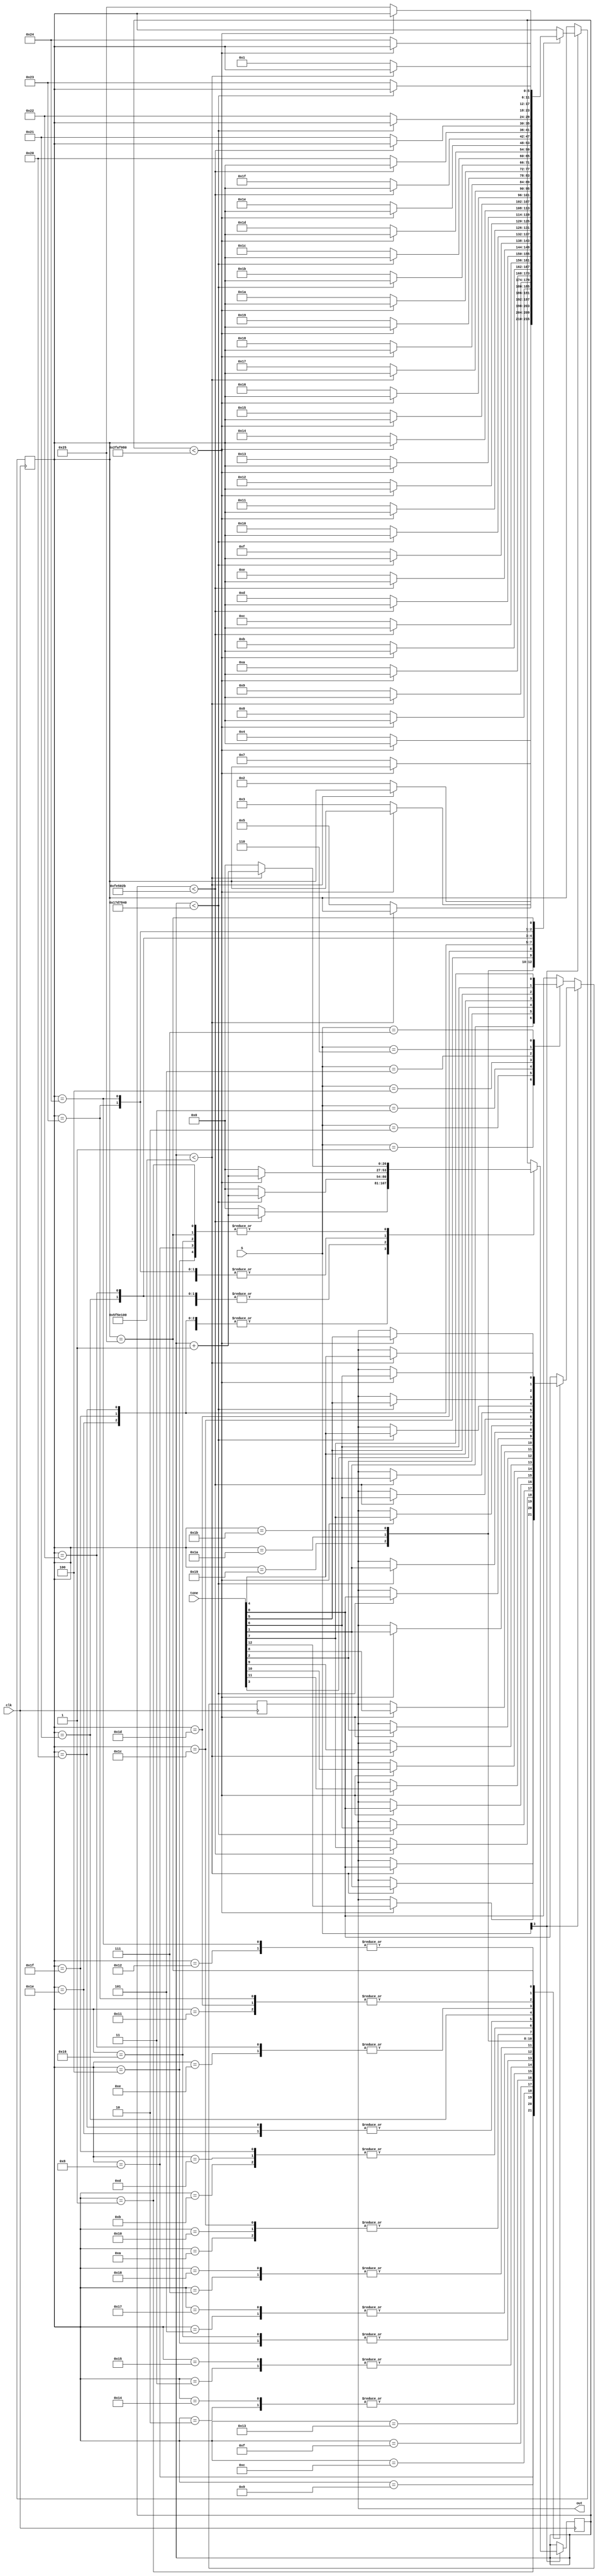
module FSM(S, tone, clk, out);
	input clk;
	input [3:0] S;
	input [12:0] tone;
	
	output reg out;
	
   reg [5:0]   state;
   initial state = 6'b1;
   
   reg [26:0]  count;
   initial count = 27'b0;  
	
   always @ (posedge clk)
     begin
	if (S[3] == 1'b0)
	  begin
	     case (S)
	       1: out <= tone[1];
	       2: out <= tone[2];
	       3: out <= tone[3];
	       4: out <= tone[4];
	       5: out <= tone[5];
	       6: out <= tone[6];
	       7: out <= tone[7];
	       default: out <= tone[0];
	     endcase // case (S)
	  end // if (S[3] == 1'b0)
	else
	  begin // play hanabera
	     case (state)
	       1: // Rest 
		 if (count < 27'b101_1111_0101_1110_0001_0000_0000)
		   begin
		      count <= count + {26'b0, 1'b1};
		      out <= tone[0]; 
		   end
		 else
		   begin
		      count <= 27'b0;
		      state = 2;
		   end
	       2: // D5
		 if (count < 27'b010_1111_1010_1111_0000_1000_0000)
		   begin
		      count <= count + {26'b0, 1'b1};
		      out <= tone[11];
		   end
		 else
		   begin
		      count <= 27'b0;
		      state = 3;
		   end
	       3: // C5S
		 if (count < 27'b010_1111_1010_1111_0000_1000_0000)
		   begin
		      count <= count + {26'b0, 1'b1};
		      out <= tone[10];
		   end
		 else
		   begin
		      count <= 27'b0;
		      state = 4;
		   end
	       4: // C5 3x.33
		 if (count < 27'b101_1111_0101_1110_0001_0000_0000)
		   begin
		      count <= count + {26'b0, 1'b1};
		      out <= tone[9];
		   end
		 else
		   begin
		      count <= 27'b0;
		      state = 5;
		   end
	       5: // B4 
		 if (count < 27'b010_1111_1010_1111_0000_1000_0000)
		   begin
		      count <= count + {26'b0, 1'b1};
		      out <= tone[2];
		   end
		 else
		   begin
		      count <= 27'b0;
		      state = 7;
		   end
	       7: // B4F
		 if (count < 27'b010_1111_1010_1111_0000_1000_0000)
		   begin
		      count <= count + {26'b0, 1'b1};
		      out <= tone[8];
		   end
		 else
		   begin
		      count <= 27'b0;
		      state = 8;
		   end
	       8: // A4 1x.5 2x.25
		 if (count < 27'b101_1111_0101_1110_0001_0000_0000)
		   begin
		      count <= count + {26'b0, 1'b1};
		      out <= tone[1];
		   end
		 else
		   begin
		      count <= 27'b0;
		      state = 9;
		   end
	       9: // G4S
		 if (count < 27'b010_1111_1010_1111_0000_1000_0000)
		   begin
		      count <= count + {26'b0, 1'b1};
		      out <= tone[12];
		   end
		 else
		   begin
		      count <= 27'b0;
		      state = 10;
		   end
	       10: // G4
		 if (count < 27'b010_1111_1010_1111_0000_1000_0000)
		   begin
		      count <= count + {26'b0, 1'b1};
		      out <= tone[7];
		   end
		 else
		   begin
		      count <= 27'b0;
		      state = 11;
		   end
	       11: // F4
		 if (count < 27'b000_1111_1110_0101_0000_0010_1011)
		   begin
		      count <= count + {26'b0, 1'b1};
		      out <= tone[6];
		   end
		 else
		   begin
		      count <= 27'b0;
		      state = 12;
		   end
	       12: // G4
		 if (count < 27'b000_1111_1110_0101_0000_0010_1011)
		   begin
		      count <= count + {26'b0, 1'b1};
		      out <= tone[7];
		   end
		 else
		   begin
		      count <= 27'b0;
		      state = 13;
		   end
	       13: // F4
		 if (count < 27'b000_1111_1110_0101_0000_0010_1011)
		   begin
		      count <= count + {26'b0, 1'b1};
		      out <= tone[6];
		   end
		 else
		   begin
		      count <= 27'b0;
		      state = 14;
		   end
	       14: // E4
		 if (count < 27'b001_0111_1101_0111_1000_0100_0000)
		   begin
		      count <= count + {26'b0, 1'b1};
		      out <= tone[5];
		   end
		 else
		   begin
		      count <= 27'b0;
		      state = 15;
		   end
	       15: // F4
		 if (count < 27'b001_0111_1101_0111_1000_0100_0000)
		   begin
		      count <= count + {26'b0, 1'b1};
		      out <= tone[6];
		   end
		 else
		   begin
		      count <= 27'b0;
		      state = 16;
		   end
	       16: // G4
		 if (count < 27'b010_1111_1010_1111_0000_1000_0000)
		   begin
		      count <= count + {26'b0, 1'b1};
		      out <= tone[7];
		   end
		 else
		   begin
		      count <= 27'b0;
		      state = 17;
		   end
	       17: // F4
		 if (count < 27'b010_1111_1010_1111_0000_1000_0000)
		   begin
		      count <= count + {26'b0, 1'b1};
		      out <= tone[6];
		   end
		 else
		   begin
		      count <= 27'b0;
		      state = 18;
		   end
	       18: // E4
		 if (count < 27'b010_1111_1010_1111_0000_1000_0000)
		   begin
		      count <= count + {26'b0, 1'b1};
		      out <= tone[5];
		   end
		 else
		   begin
		      count <= 27'b0;
		      state = 19;
		   end
	       19: // Rest
		 if (count < 27'b010_1111_1010_1111_0000_1000_0000)
		   begin
		      count <= count + {26'b0, 1'b1};
		      out <= tone[0];
		   end
		 else
		   begin
		      count <= 27'b0;
		      state = 20;
		   end
	       20: // D5
		 if (count < 27'b010_1111_1010_1111_0000_1000_0000)
		   begin
		      count <= count + {26'b0, 1'b1};
		      out <= tone[11];
		   end
		 else
		   begin
		      count <= 27'b0;
		      state = 21;
		   end
	       21: // C5S
		 if (count < 27'b010_1111_1010_1111_0000_1000_0000)
		   begin
		      count <= count + {26'b0, 1'b1};
		      out <= tone[10];
		   end
		 else
		   begin
		      count <= 27'b0;
		      state = 22;
		   end
	       22: // C5 3x.33
		 if (count < 27'b101_1111_0101_1110_0001_0000_0000)
		   begin
		      count <= count + {26'b0, 1'b1};
		      out <= tone[9];
		   end
		 else
		   begin
		      count <= 27'b0;
		      state = 23;
		   end
	       23: // B4
		 if (count < 27'b010_1111_1010_1111_0000_1000_0000)
		   begin
		      count <= count + {26'b0, 1'b1};
		      out <= tone[2];
		   end
		 else
		   begin
		      count <= 27'b0;
		      state = 24;
		   end
	       24: // B4F
		 if (count < 27'b010_1111_1010_1111_0000_1000_0000)
		   begin
		      count <= count + {26'b0, 1'b1};
		      out <= tone[8];
		   end
		 else
		   begin
		      count <= 27'b0;
		      state = 25;
		   end
	       25: // A4 2x.25
		 if (count < 27'b010_1111_1010_1111_0000_1000_0000)
		   begin
		      count <= count + {26'b0, 1'b1};
		      out <= tone[1];
		   end
		 else
		   begin
		      count <= 27'b0;
		      state = 26;
		   end
	       26: // Rest
		 if (count < 27'b001_0111_1101_0111_1000_0100_0000)
		   begin
		      count <= count + {26'b0, 1'b1};
		      out <= tone[0];
		   end
		 else
		   begin
		      count <= 27'b0;
		      state = 27;
		   end
	       27: // A4
		 if (count < 27'b001_0111_1101_0111_1000_0100_0000)
		   begin
		      count <= count + {26'b0, 1'b1};
		      out <= tone[1];
		   end
		 else
		   begin
		      count <= 27'b0;
		      state = 28;
		   end
	       28: // G4
		 if (count < 27'b010_1111_1010_1111_0000_1000_0000)
		   begin
		      count <= count + {26'b0, 1'b1};
		      out <= tone[7];
		   end
		 else
		   begin
		      count <= 27'b0;
		      state = 29;
		   end
	       29: // F4
		 if (count < 27'b010_1111_1010_1111_0000_1000_0000)
		   begin
		      count <= count + {26'b0, 1'b1};
		      out <= tone[6];
		   end
		 else
		   begin
		      count <= 27'b0;
		      state = 30;
		   end
	       30: // E4
		 if (count < 27'b000_1111_1110_0101_0000_0010_1011)
		   begin
		      count <= count + {26'b0, 1'b1};
		      out <= tone[5];
		   end
		 else
		   begin
		      count <= 27'b0;
		      state = 31;
		   end
	       31: // F4
		 if (count < 27'b000_1111_1110_0101_0000_0010_1011)
		   begin
		      count <= count + {26'b0, 1'b1};
		      out <= tone[6];
		   end
		 else
		   begin
		      count <= 27'b0;
		      state = 32;
		   end
	       32: // E4 
		 if (count < 27'b000_1111_1110_0101_0000_0010_1011)
		   begin
		      count <= count + {26'b0, 1'b1};
		      out <= tone[5];
		   end
		 else
		   begin
		      count <= 27'b0;
		      state = 33;
		   end
	       33: // D4
		 if (count < 27'b001_0111_1101_0111_1000_0100_0000)
		   begin
		      count <= count + {26'b0, 1'b1};
		      out <= tone[4];
		   end
		 else
		   begin
		      count <= 27'b0;
		      state = 34;
		   end
	       34: // E4
		 if (count < 27'b001_0111_1101_0111_1000_0100_0000)
		   begin
		      count <= count + {26'b0, 1'b1};
		      out <= tone[5];
		   end
		 else
		   begin
		      count <= 27'b0;
		      state = 35;
		   end
	       35: // F4
		 if (count < 27'b010_1111_1010_1111_0000_1000_0000)
		   begin
		      count <= count + {26'b0, 1'b1};
		      out <= tone[6];
		   end
		 else
		   begin
		      count <= 27'b0;
		      state = 36;
		   end
	       36: // E4
		 if (count < 27'b010_1111_1010_1111_0000_1000_0000)
		   begin
		      count <= count + {26'b0, 1'b1};
		      out <= tone[5];
		   end
		 else
		   begin
		      count <= 27'b0;
		      state = 37;
		   end
	       37: // D4
		 if (count < 27'b101_1111_0101_1110_0001_0000_0000)
		   begin
		      count <= count + {26'b0, 1'b1};
		      out <= tone[4];
		   end
		 else
		   begin
		      count <= 27'b0;
		      state = 1;
		   end
	       default: out <= tone[0];
	     endcase // case (state)
	  end // else: !if(S[3] == 1'b0)
     end // always @ (posedge clk)
endmodule // ToneGenerator